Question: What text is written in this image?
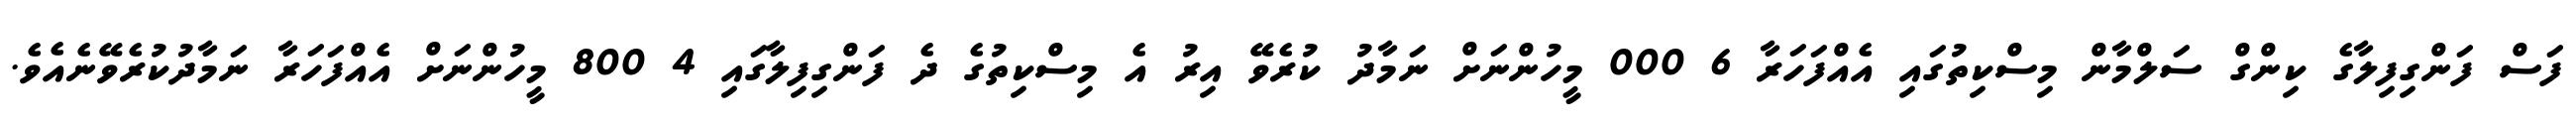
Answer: ފަސް ފަންގިފިލާގެ ކިންގް ސަލްމާން މިސްކިތުގައި އެއްފަހަރާ 6 000 މީހުންނަށް ނަމާދު ކުރެވޭ އިރު އެ މިސްކިތުގެ ދެ ފަންގިފިލާގައި 4 800 މީހުންނަށް އެއްފަހަރާ ނަމާދުކުރެވޭނެއެވެ.